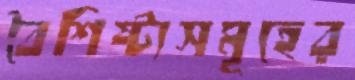
বৈশিষ্ট্যসমূহের